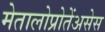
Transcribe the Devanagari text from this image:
मेतालोप्रोतेंअसेस